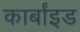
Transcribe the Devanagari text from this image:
कार्बांइड